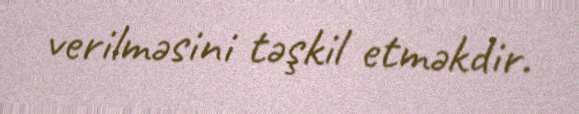
verilməsini təşkil etməkdir.